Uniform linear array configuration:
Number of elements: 24
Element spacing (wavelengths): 0.75
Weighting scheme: blackman
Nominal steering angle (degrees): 60
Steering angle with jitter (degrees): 61.877
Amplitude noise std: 0.05
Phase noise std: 0.05

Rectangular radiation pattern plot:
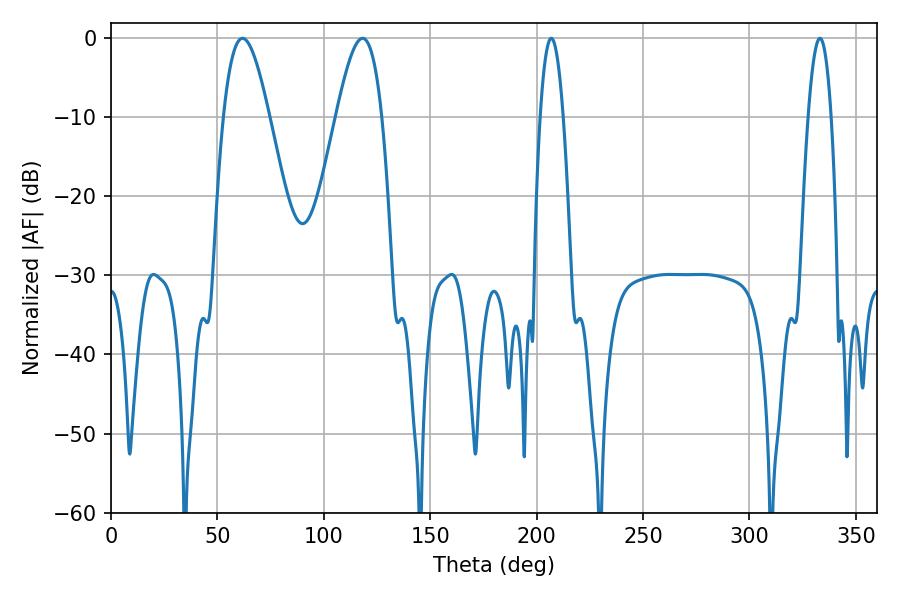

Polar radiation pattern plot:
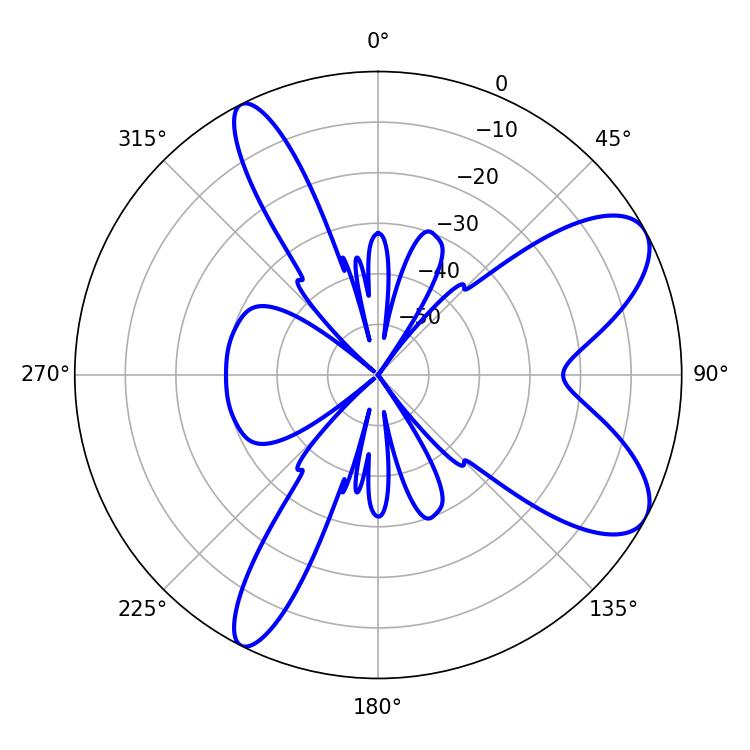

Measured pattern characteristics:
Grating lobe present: TRUE
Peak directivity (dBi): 8.361
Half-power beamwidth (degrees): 11.7
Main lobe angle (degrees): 61.74